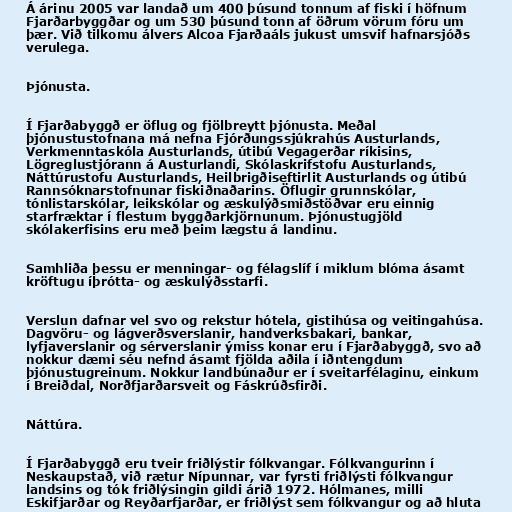
Á árinu 2005 var landað um 400 þúsund tonnum af fiski í höfnum
Fjarðarbyggðar og um 530 þúsund tonn af öðrum vörum fóru um
þær. Við tilkomu álvers Alcoa Fjarðaáls jukust umsvif hafnarsjóðs
verulega.

Þjónusta.

Í Fjarðabyggð er öflug og fjölbreytt þjónusta. Meðal
þjónustustofnana má nefna Fjórðungssjúkrahús Austurlands,
Verkmenntaskóla Austurlands, útibú Vegagerðar ríkisins,
Lögreglustjórann á Austurlandi, Skólaskrifstofu Austurlands,
Náttúrustofu Austurlands, Heilbrigðiseftirlit Austurlands og útibú
Rannsóknarstofnunar fiskiðnaðarins. Öflugir grunnskólar,
tónlistarskólar, leikskólar og æskulýðsmiðstöðvar eru einnig
starfræktar í flestum byggðarkjörnunum. Þjónustugjöld
skólakerfisins eru með þeim lægstu á landinu.

Samhliða þessu er menningar- og félagslíf í miklum blóma ásamt
kröftugu íþrótta- og æskulýðsstarfi.

Verslun dafnar vel svo og rekstur hótela, gistihúsa og veitingahúsa.
Dagvöru- og lágverðsverslanir, handverksbakari, bankar,
lyfjaverslanir og sérverslanir ýmiss konar eru í Fjarðabyggð, svo að
nokkur dæmi séu nefnd ásamt fjölda aðila í iðntengdum
þjónustugreinum. Nokkur landbúnaður er í sveitarfélaginu, einkum
í Breiðdal, Norðfjarðarsveit og Fáskrúðsfirði.

Náttúra.

Í Fjarðabyggð eru tveir friðlýstir fólkvangar. Fólkvangurinn í
Neskaupstað, við rætur Nípunnar, var fyrsti friðlýsti fólkvangur
landsins og tók friðlýsingin gildi árið 1972. Hólmanes, milli
Eskifjarðar og Reyðarfjarðar, er friðlýst sem fólkvangur og að hluta